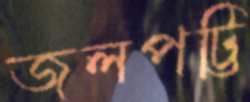
জলপট্টি